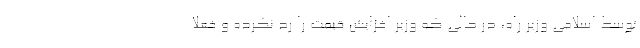
توسط اسلامی وزیر راه، در حالی که وزیر افزایش قیمت را رد نکرده و فعلا